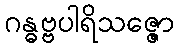
ဂန္ဓဗ္ဗပါရိသဇ္ဇော